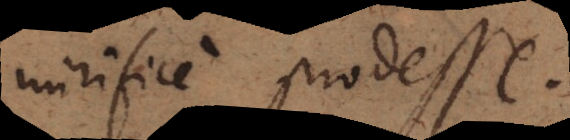
mirifice prodesse.